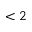
< 2